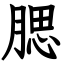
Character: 腮